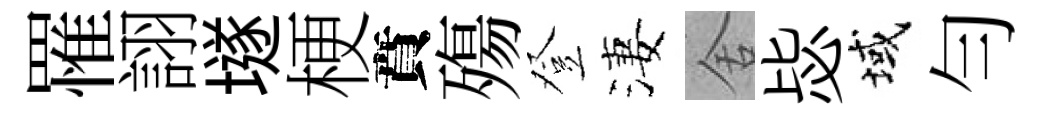
罹詡𡑞梗賁殤登淒舍毖域勻